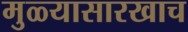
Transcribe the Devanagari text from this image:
मुळ्यासारखाच